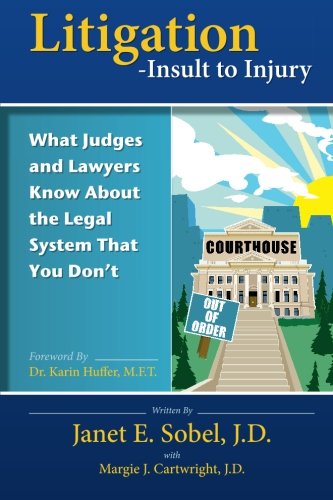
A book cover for Litigation - Insult to Injury: What Judges and Lawyers Know About the Legal System that You Don't; Janet E. Sobel J.D.; Law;